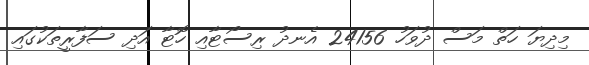
މިދިޔަ ހަތް މަސް ދުވަހު 24156 އެނދު ރިސޯޓާއި ހޮޓާ އަދި ސަފާރީތަކުގައި